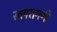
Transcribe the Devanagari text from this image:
स्वपरागणी